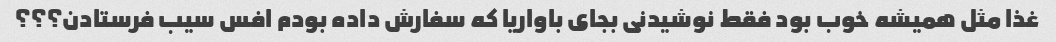
غذا مثل همیشه خوب بود فقط نوشیدنی بجای باواریا که سفارش داده بودم افس سیب فرستادن؟؟؟